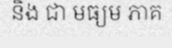
និង ជា មធ្យម ភាគ